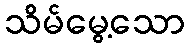
သိမ်မွေ့သော